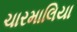
ચારમાલિયા